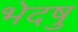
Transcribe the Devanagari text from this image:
भेदषु